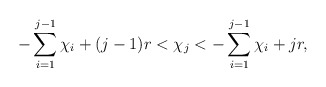
\begin{align*}- \sum\limits_{i=1}^{j-1} \chi_i +(j-1)r < \chi_j < - \sum\limits_{i=1}^{j-1} \chi_i + jr,\end{align*}